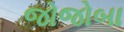
જોજોબા